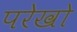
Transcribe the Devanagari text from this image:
परेखो